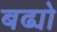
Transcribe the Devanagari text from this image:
बढ्यो